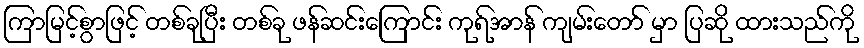
ကြာမြင့်စွာဖြင့် တစ်ခုပြီး တစ်ခု ဖန်ဆင်းကြောင်း ကုရ်အာန် ကျမ်းတော် မှာ ပြဆို ထားသည်ကို